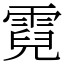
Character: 霓